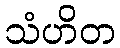
သံဟိတ